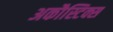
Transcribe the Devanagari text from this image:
अकौस्टिक्स